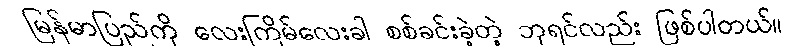
မြန်မာပြည်ကို လေးကြိမ်လေးခါ စစ်ခင်းခဲ့တဲ့ ဘုရင်လည်း ဖြစ်ပါတယ်။